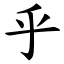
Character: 乎